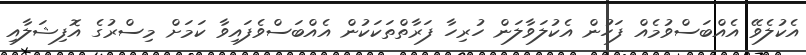
އެކުލެވޭ އެއްބަސްވުމެއް ފަހުން އެކުލަވާލަން ހުރިހާ ފަރާތްތަކަކުން އެއްބަސްވެފައިވާ ކަމަށް މިސްރުގެ އޮފިޝަލާއި